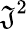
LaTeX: {\mathfrak{J}}^{2}